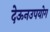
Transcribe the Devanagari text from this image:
देऊनउपयोग